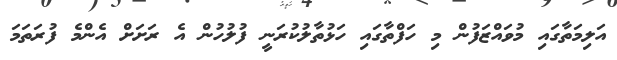
އަލިމަތާގައި މުވައްޒަފުން މި ހަފްތާގައި ހަޅުތާލުކުރަނީ ފުލުހުން އެ ރަށަށް އެންމެ ފުރަތަމަ